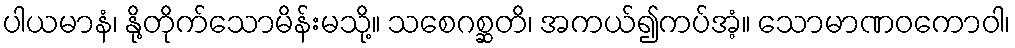
ပါယမာနံ၊ နို့တိုက်သောမိန်းမသို့။ သစေဂစ္ဆတိ၊ အကယ်၍ကပ်အံ့။ သောမာဏဝကောဝါ၊